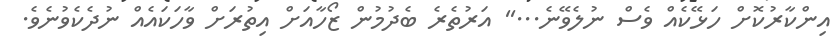
އިންކާރުކޮށް ހަޅޭކެއް ވެސް ނުލެވޭނެ...'' އަރުތެރެ ބެދުމުން ޒޯހާއަށް އިތުރަށް ވާހަކައެއް ނުދެކެވުނެވެ.